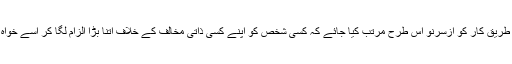
البتہ وہ اتنا ضرور چاہیں گے کہ قانون کے نفاذ کے طریق کار کو ازسرِنو اس طرح مرتب کیا جائے کہ کسی شخص کو اپنے کسی ذاتی مخالف کے خلاف اتنا بڑا الزام لگا کر اسے خواہ مخواہ عدالتوں میں گھسیٹنے کی آزادی حاصل نہ ہو۔